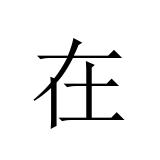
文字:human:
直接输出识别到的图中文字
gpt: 在